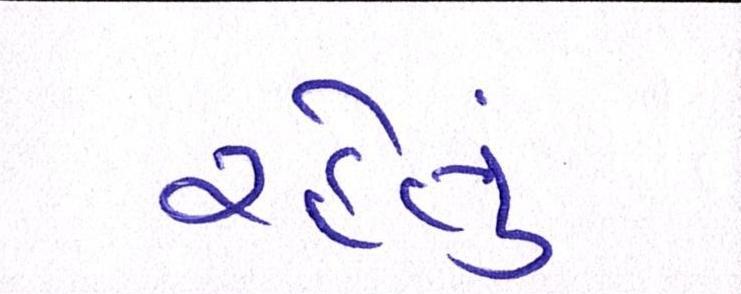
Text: રહેતું